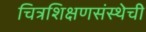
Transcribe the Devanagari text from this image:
चित्रशिक्षणसंस्थेची